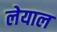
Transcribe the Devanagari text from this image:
लेयाल